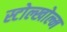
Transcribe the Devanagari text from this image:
स्टोल्खोल्म